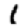
Digit: 1